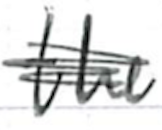
Text: the
Cross-out: scratch
Writing tool: ballpoint